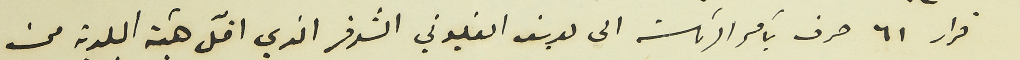
قرار ٦١ صرف بأمر الرئاسة الى يوسف الغلبوني الشوفر الذي اقلّ هيئة البلدية من